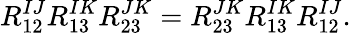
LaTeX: R_{12}^{IJ}R_{13}^{IK}R_{23}^{JK}=R_{23}^{JK}R_{13}^{IK}R_{12}^{IJ}.